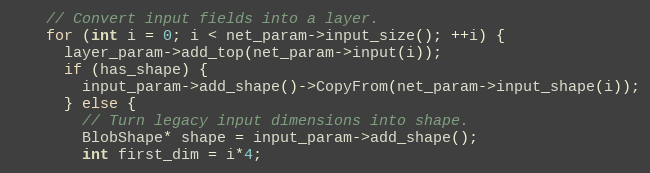
Language: C++
    // Convert input fields into a layer.
    for (int i = 0; i < net_param->input_size(); ++i) {
      layer_param->add_top(net_param->input(i));
      if (has_shape) {
        input_param->add_shape()->CopyFrom(net_param->input_shape(i));
      } else {
        // Turn legacy input dimensions into shape.
        BlobShape* shape = input_param->add_shape();
        int first_dim = i*4;